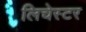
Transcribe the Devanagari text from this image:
लिचेस्टर